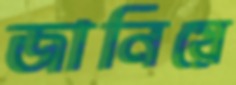
জানিয়ে